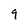
Character: 9